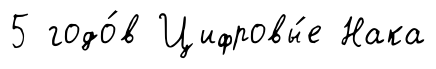
5 годо́в Цифровы́е Нака